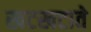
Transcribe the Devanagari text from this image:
खटखटाते